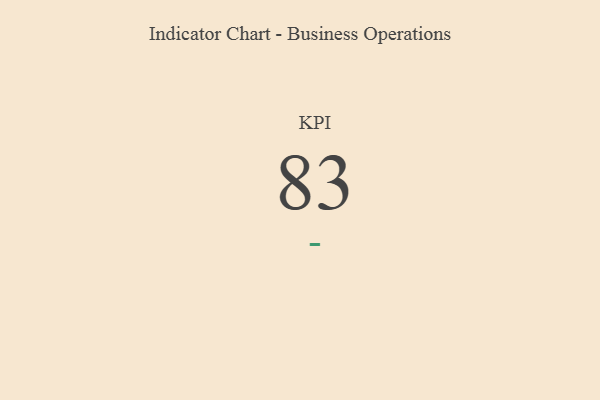
{"axis": {"x": "KPI", "y": "Value"}, "legend": [""], "data": [{"x": "KPI", "y": 83, "type": ""}]}